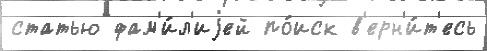
статью фам'и́л'иjей по́иск в'ерн'и́т'есь